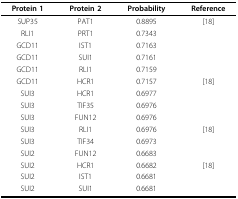
<table><thead><tr><td><b>Protein 1</b></td><td><b>Protein 2</b></td><td><b>Probability</b></td><td><b>Reference</b></td></tr></thead><tbody><tr><td>SUP35</td><td>PAT1</td><td>0.8895</td><td>[18]</td></tr><tr><td>RLI1</td><td>PRT1</td><td>0.7343</td><td></td></tr><tr><td>GCD11</td><td>IST1</td><td>0.7163</td><td></td></tr><tr><td>GCD11</td><td>SUI1</td><td>0.7161</td><td></td></tr><tr><td>GCD11</td><td>RLI1</td><td>0.7159</td><td></td></tr><tr><td>GCD11</td><td>HCR1</td><td>0.7157</td><td>[18]</td></tr><tr><td>SUI3</td><td>HCR1</td><td>0.6977</td><td></td></tr><tr><td>SUI3</td><td>TIF35</td><td>0.6976</td><td></td></tr><tr><td>SUI3</td><td>FUN12</td><td>0.6976</td><td></td></tr><tr><td>SUI3</td><td>RLI1</td><td>0.6976</td><td>[18]</td></tr><tr><td>SUI3</td><td>TIF34</td><td>0.6973</td><td></td></tr><tr><td>SUI2</td><td>FUN12</td><td>0.6683</td><td></td></tr><tr><td>SUI2</td><td>HCR1</td><td>0.6682</td><td>[18]</td></tr><tr><td>SUI2</td><td>IST1</td><td>0.6681</td><td></td></tr><tr><td>SUI2</td><td>SUI1</td><td>0.6681</td><td></td></tr></tbody></table>